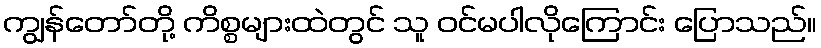
ကျွန်တော်တို့ ကိစ္စများထဲတွင် သူ ဝင်မပါလိုကြောင်း ပြောသည်။